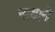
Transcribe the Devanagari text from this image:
नाथाने